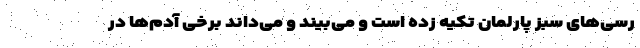
رسی‌های سبز پارلمان تکیه زده است و می‌بیند و می‌داند برخی آدم‌ها در